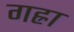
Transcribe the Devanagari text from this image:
गह्रा